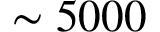
\sim 5 0 0 0